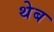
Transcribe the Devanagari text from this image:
थेब